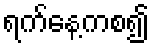
ရက်နေ့ကစ၍